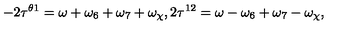
- 2 \tau ^ { \theta 1 } = \omega + \omega _ { 6 } + \omega _ { 7 } + \omega _ { \chi } , 2 \tau ^ { 1 2 } = \omega - \omega _ { 6 } + \omega _ { 7 } - \omega _ { \chi } ,